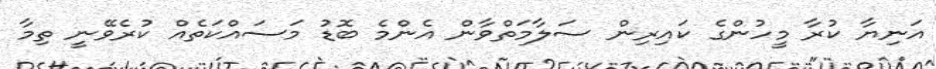
އަނިޔާ ކުރާ މީހުންގެ ކައިރިން ސަލާމަތްވާން އެންމެ ބޮޑު މަސައްކަތެއް ކުރެވޭނީ ތިމާ